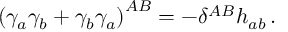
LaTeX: \left( \gamma _ { a } \gamma _ { b } + \gamma _ { b } \gamma _ { a } \right) ^ { A B } = - \delta ^ { A B } h _ { a b } \, .